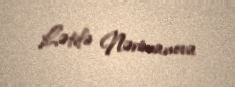
Lətifə Nərimanova